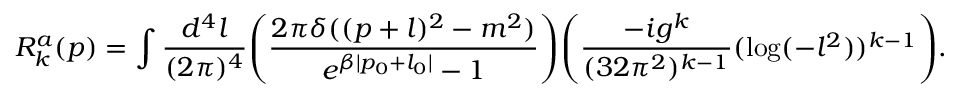
R _ { k } ^ { a } ( p ) = \int \frac { d ^ { 4 } l } { ( 2 \pi ) ^ { 4 } } \Bigg ( \frac { 2 \pi \delta ( ( p + l ) ^ { 2 } - m ^ { 2 } ) } { e ^ { \beta | p _ { 0 } + l _ { 0 } | } - 1 } \Bigg ) \Bigg ( \frac { - i g ^ { k } } { ( 3 2 \pi ^ { 2 } ) ^ { k - 1 } } ( \log ( - l ^ { 2 } ) ) ^ { k - 1 } \Bigg ) .